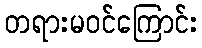
တရားမဝင်ကြောင်း